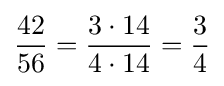
{\frac {42}{56}}={\frac {3\cdot 14}{4\cdot 14}}={\frac {3}{4}}